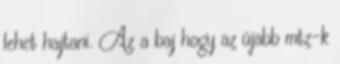
lehet hajtani. Az a baj hogy az újabb mtz-k